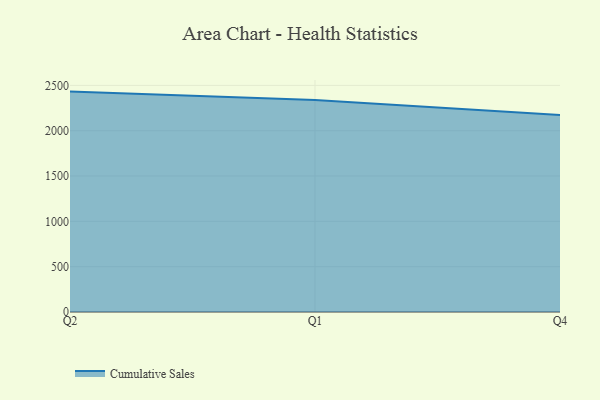
{"axis": {"x": "Quarter", "y": "Active Users"}, "legend": ["Cumulative Sales"], "data": [{"x": "Q2", "y": 2431.4, "type": "Cumulative Sales"}, {"x": "Q1", "y": 2338.2, "type": "Cumulative Sales"}, {"x": "Q4", "y": 2173.8, "type": "Cumulative Sales"}]}